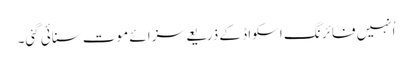
اُنہیں فائرنگ اسکواڈ کے ذریعے سزائے موت سنائی گئی۔